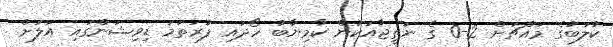
ކުލަބުގެ މައްޗަށް 2-0 ގެ ނަތީޖާއަކުން ކާމިޔާބު ހޯދައި ފުރަތަމަ ޑިވިޝަންގައި އަލަށް